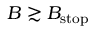
B \gtrsim B _ { \mathrm { s t o p } }